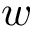
w